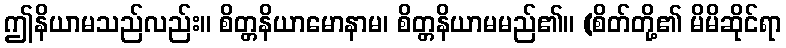
ဤနိယာမသည်လည်း။ စိတ္တနိယာမောနာမ၊ စိတ္တနိယာမမည်၏။ (စိတ်တို့၏ မိမိဆိုင်ရာ